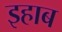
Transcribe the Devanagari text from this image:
इहाब